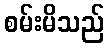
စမ်းမိသည်